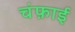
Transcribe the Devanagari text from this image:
चंफ़ाई